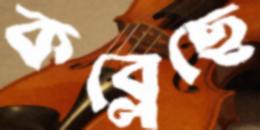
কব্‌লেছে